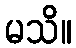
မသိ။